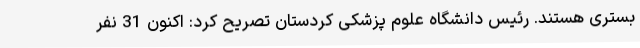
بستری هستند. رئیس دانشگاه علوم پزشکی کردستان تصریح کرد: اکنون 31 نفر